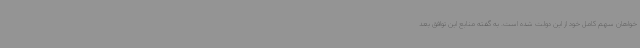
خواهان سهم کامل خود از این دولت شده است. به گفته منابع این توافق بعد